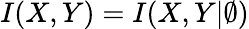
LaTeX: I(X,Y)=I(X,Y|\emptyset)